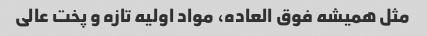
مثل همیشه فوق العاده، مواد اولیه تازه و پخت عالی